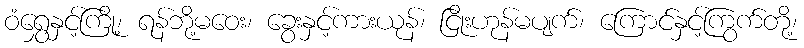
ဝံရွှေနှင့်ကြို့၊ ရန်ဘို့မဝေး၊ ခွေးနှင့်ကားယုန်၊ ငြိုးဟုန်မပျက်၊ ကြောင်နှင့်ကြွက်တို့၊